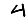
Digit: 4